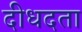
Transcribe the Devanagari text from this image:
दीधदता